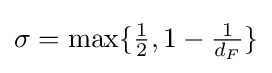
{\textstyle \sigma =\max \lbrace {\frac {1}{2}},1-{\frac {1}{d_{F}}}\rbrace }